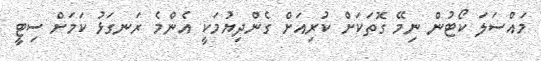
މައްސަލަ ކޯޓުން ނިމޭ ގޮތަކަށް ކުރިއަށް ގެންދިޔުމަކީ އެންމެ ރަނގަޅު ކަމަށް ސިޓީ